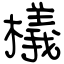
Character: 檥